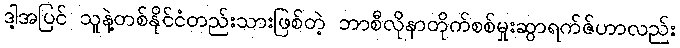
ဒါ့အပြင် သူနဲ့တစ်နိုင်ငံတည်းသားဖြစ်တဲ့ ဘာစီလိုနာတိုက်စစ်မှုးဆွာရက်ဇ်ဟာလည်း